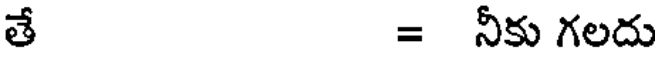
తే = నీకు గలదు